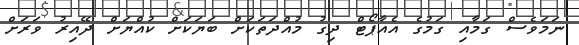
ނަމަވެސް ގަމާއި ގަމުގެ އެއާޕޯޓް ދިގު މުއްދަތަކަށް ބަޔަކަށް ކުއްޔަށް ދޭއިރު ވަރަށް